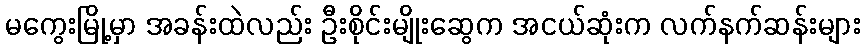
မကွေးမြို့မှာ အခန်းထဲလည်း ဦးစိုင်းမျိုးဆွေက အငယ်ဆုံးက လက်နက်ဆန်းများ